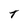
Character: T